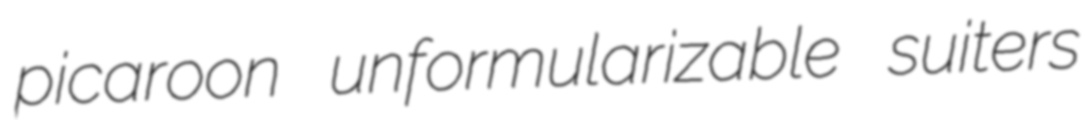
picaroon unformularizable suiters